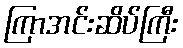
ကြာအင်းဆိပ်ကြီး